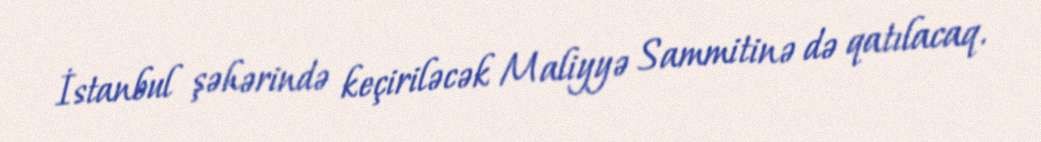
İstanbul şəhərində keçiriləcək Maliyyə Sammitinə də qatılacaq.